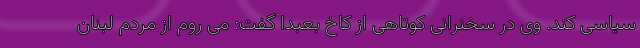
سیاسی کند. وی در سخنرانی کوتاهی از کاخ بعبدا گفت: می روم از مردم لبنان